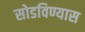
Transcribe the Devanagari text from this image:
सोडविण्यास